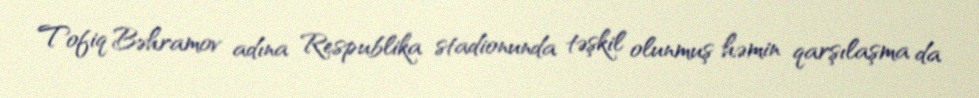
Tofiq Bəhramov adına Respublika stadionunda təşkil olunmuş həmin qarşılaşma da